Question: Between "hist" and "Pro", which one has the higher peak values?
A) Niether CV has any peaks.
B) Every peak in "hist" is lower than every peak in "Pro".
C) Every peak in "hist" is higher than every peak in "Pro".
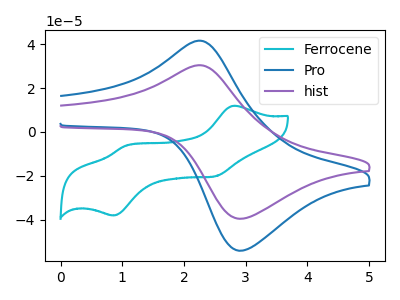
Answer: <think>The cyan curve "Ferrocene" has anodic peaks at (2.80V, 11.90uA) (1.05V, -6.30uA) and cathodic peaks at (2.50V, -20.25uA) (0.85V, -38.05uA). The blue curve "Pro" has an anodic peak at (2.20V, 41.50uA) and a cathodic peak at (2.95V, -54.05uA). The purple curve "hist" has an anodic peak at (2.20V, 30.35uA) and a cathodic peak at (2.95V, -39.55uA).</think>
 <answer>B) Every peak in "hist" is lower than every peak in "Pro".</answer>
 <eval>B</eval>